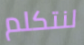
لنتكلم